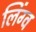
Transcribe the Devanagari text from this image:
लिंग्व